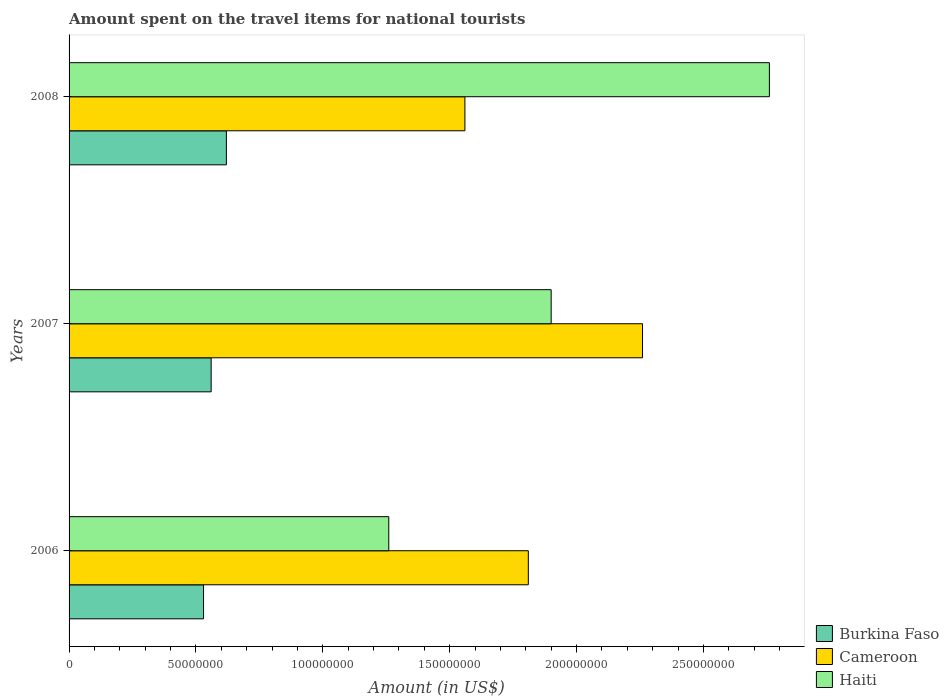
| Years | Burkina Faso | Cameroon | Haiti |
 | --- | --- | --- | --- |
 | 2006 | 5.3e+07 | 1.81e+08 | 1.26e+08 |
 | 2007 | 5.6e+07 | 2.26e+08 | 1.9e+08 |
 | 2008 | 6.2e+07 | 1.56e+08 | 2.76e+08 |